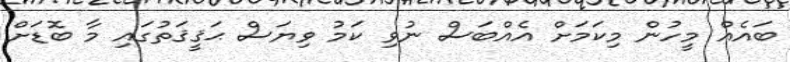
ބައެއް މީހުން މިކަމަށް އެއްބަސް ނުވި ކަމު ވިޔަސް ޙަޤީޤަތުގައި މާ ބޮޑަށް